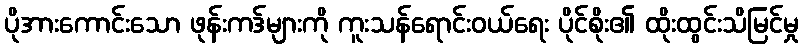
ပိုအားကောင်းသော ဖုန်းကဒ်များကို ကူးသန်ရောင်းဝယ်ရေး ပိုင်စိုး၏ ထိုးထွင်းသိမြင်မှု